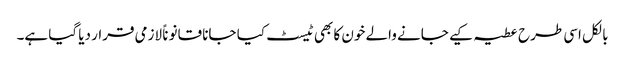
بالکل اسی طرح عطیہ کیے جانے والے خون کا بھی ٹیسٹ کیا جانا قانوناً لازمی قرار دیا گیا ہے۔